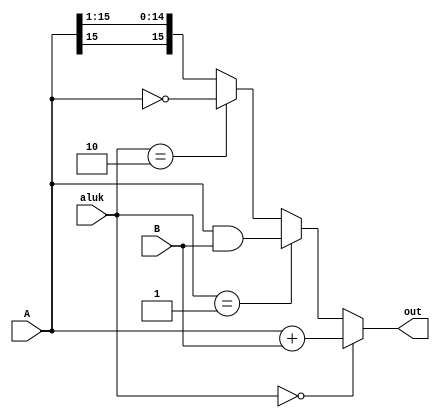
module ALU(
	input [1:0] aluk,
	input [15:0] A, B,
	output [15:0] out
);

	wire [15:0] ADD = A + B;
	wire [15:0] AND = A & B;
	wire [15:0] NOT = ~A;
	wire [15:0] RSHIFT = {A[15], A[15:1]};
	
	assign out = aluk == 2'b00 ? ADD :
					 aluk == 2'b01 ? AND :
					 aluk == 2'b10 ? NOT :
					 RSHIFT;
endmodule